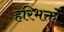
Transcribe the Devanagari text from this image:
हरिभक्तों